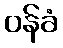
ဝန်ခံ